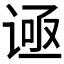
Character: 𬤅